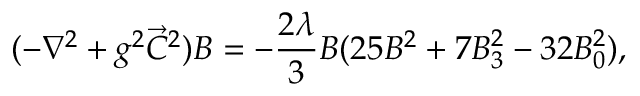
( - \nabla ^ { 2 } + g ^ { 2 } \vec { C } ^ { 2 } ) B = - { \frac { 2 \lambda } { 3 } } B ( 2 5 B ^ { 2 } + 7 B _ { 3 } ^ { 2 } - 3 2 B _ { 0 } ^ { 2 } ) ,